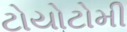
ટોયોટોમી